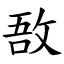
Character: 敔